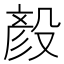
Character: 𪵏